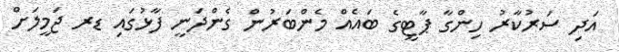
އަދި ސަރުކާރު ހިންގާ ޕާޓީގެ ބައެއް މެންބަރުން ގެންދަނީ ފާޅުގައި ޑރ ޖަމީލަށް